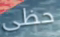
حظى